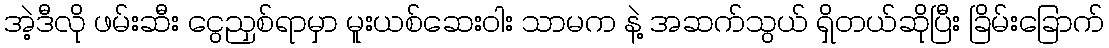
အဲ့ဒီလို ဖမ်းဆီး ငွေညှစ်ရာမှာ မူးယစ်ဆေးဝါး သာမက နဲ့ အဆက်သွယ် ရှိတယ်ဆိုပြီး ခြိမ်းခြောက်